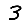
Digit: 3